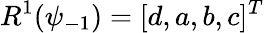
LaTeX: R^{1}(\psi_{-1})=[d,a,b,c]^{T}